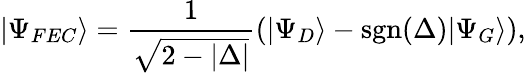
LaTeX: |\Psi_{FEC}\rangle=\frac{1}{\sqrt{2-|\Delta|}}\left(|\Psi_{D}\rangle-\mathrm{sgn}(\Delta)|\Psi_{G}\rangle\right),